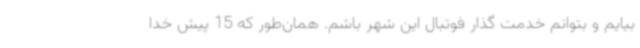
بیایم و بتوانم خدمت گذار فوتبال این شهر باشم. همان‌طور که 15 پیش خدا